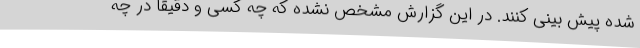
شده پیش بینی کنند. در این گزارش مشخص نشده که چه کسی و دقیقا در چه